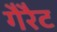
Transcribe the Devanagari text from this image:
गैरैट